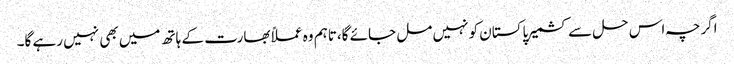
اگرچہ اس حل سے کشمیر پاکستان کو نہیں مل جائے گا،تاہم وہ عملاًبھارت کے ہاتھ میں بھی نہیں رہے گا۔